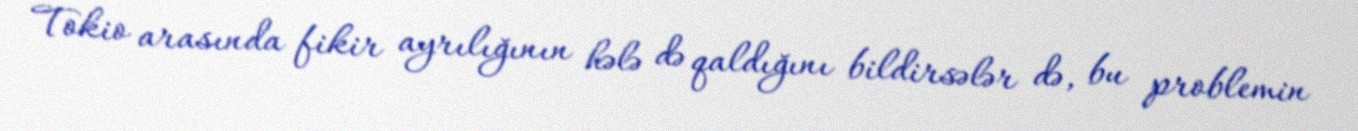
Tokio arasında fikir ayrılığının hələ də qaldığını bildirsələr də, bu problemin